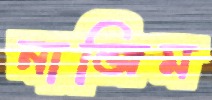
নাজিম